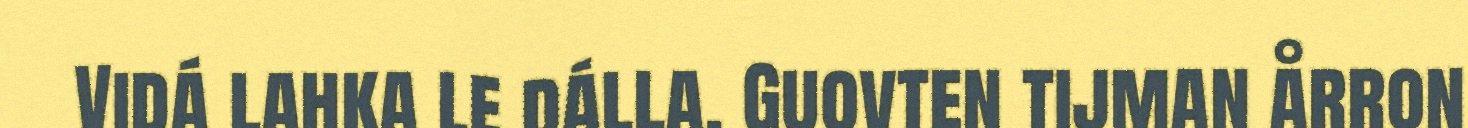
Vidá lahka le dálla. Guovten tijman årron